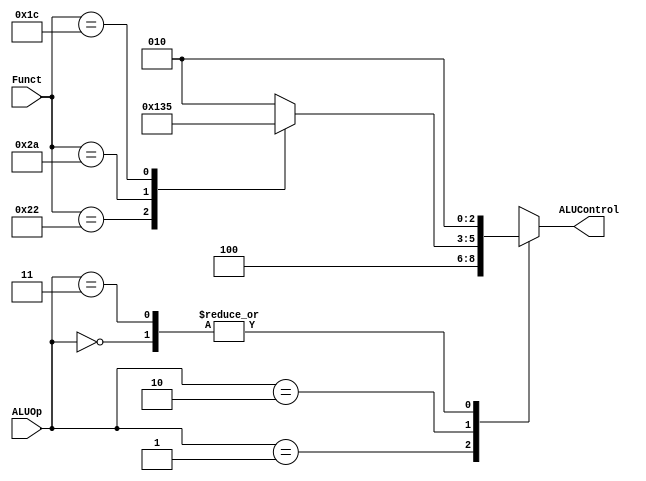
module ALU_Decoder #(parameter Funct_size = 6 ) (
input   wire     [Funct_size-1:0]   Funct,
input   wire     [1:0]              ALUOp,

output  reg      [2:0]              ALUControl
);
    
always @(*) 
begin
    case (ALUOp)
        2'b00:
        begin
            ALUControl = 3'b010; 
        end

        2'b01:
        begin
            ALUControl = 3'b100;
        end

        2'b10:
        begin
            case (Funct)
                'b10_0000:    //add
                begin
                    ALUControl = 3'b010;
                end

                'b10_0010:    //sub
                begin
                    ALUControl = 3'b100;
                end

                'b10_1010:    //slt
                begin
                    ALUControl = 3'b110;
                end

                'b01_1100:    //mul
                begin
                    ALUControl = 3'b101;
                end

                default: 
                begin
                    ALUControl = 3'b010;
                end
            endcase
        end

        2'b11 : 	
	    begin
		    ALUControl = 3'b010 ;
	    end

        default: 
        begin
            ALUControl = 3'b010;
        end 
    endcase

end 


endmodule